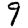
Digit: 9